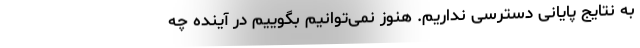
به نتایج پایانی دسترسی نداریم. هنوز نمی‌توانیم بگوییم در آینده چه